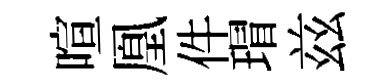
喧凰件瑁兹